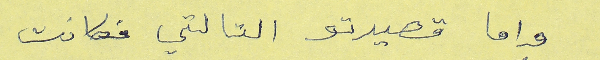
واما قصيدتو التالتي فكانت